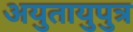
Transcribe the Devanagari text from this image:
अयुतायुपुत्र